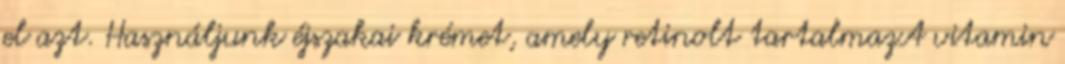
el azt. Használjunk éjszakai krémet, amely retinolt tartalmazA vitamin